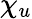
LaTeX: \chi_{u}